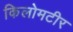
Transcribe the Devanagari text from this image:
किलोमटीर